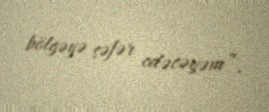
bölgəyə səfər edəcəyəm”.